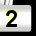
Digit: 2